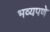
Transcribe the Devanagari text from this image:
भव्यपणे